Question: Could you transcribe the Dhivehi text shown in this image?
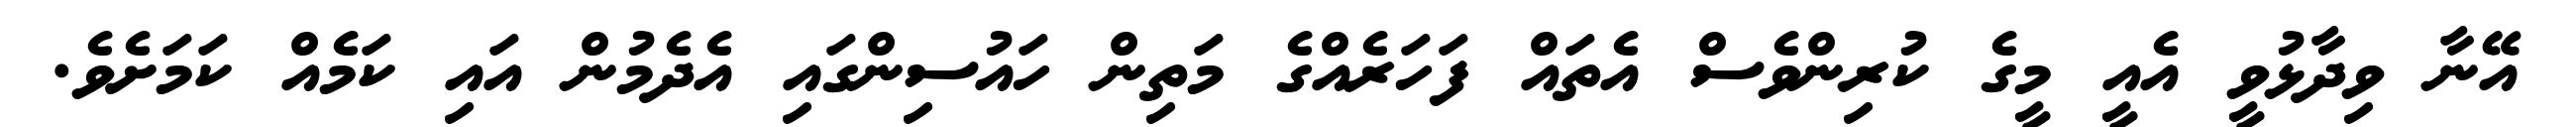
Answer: އޭނާ ވިދާޅުވީ އެއީ މީގެ ކުރިންވެސް އެތައް ފަހަރެއްގެ މަތިން ހައުސިންގައި އެދެމުން އައި ކަމެއް ކަމަށެވެ.